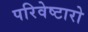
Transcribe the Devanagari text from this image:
परिवेष्टारो